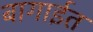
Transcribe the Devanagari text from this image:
बागाईत